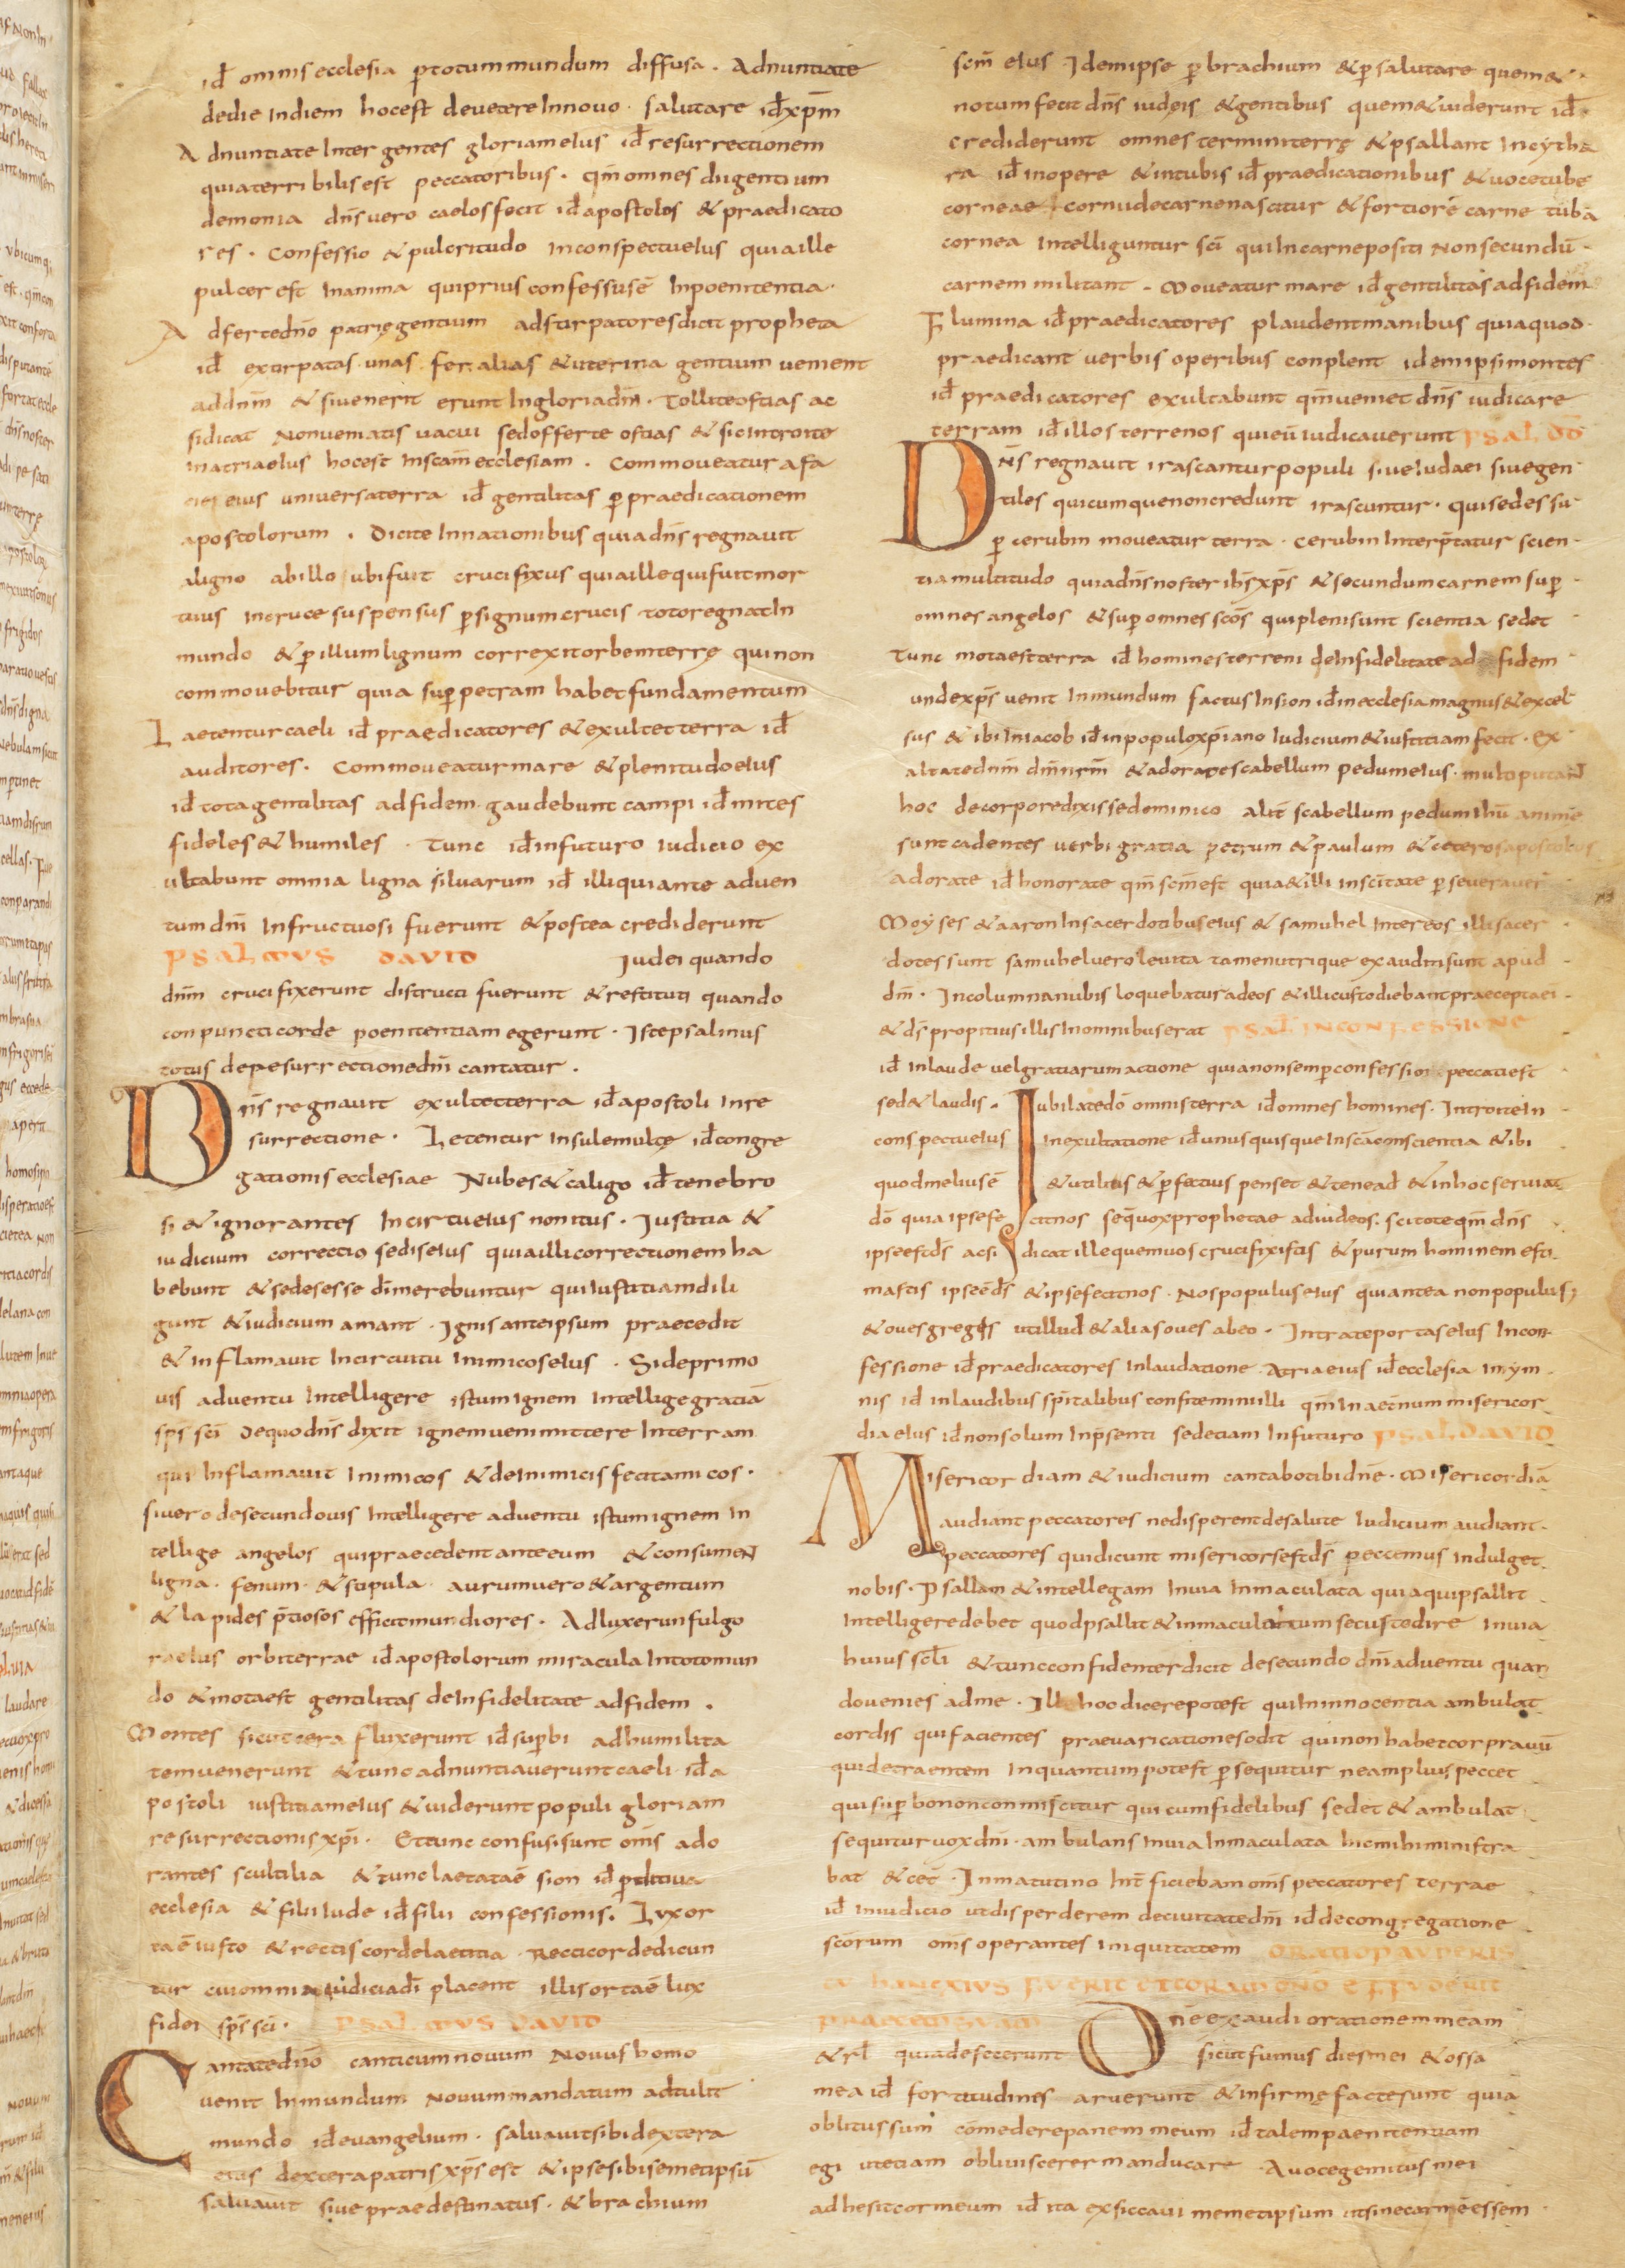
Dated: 800–824